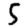
Digit: 5